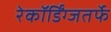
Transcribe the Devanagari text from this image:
रेकॉर्डिंग्जतर्फे